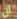
ان